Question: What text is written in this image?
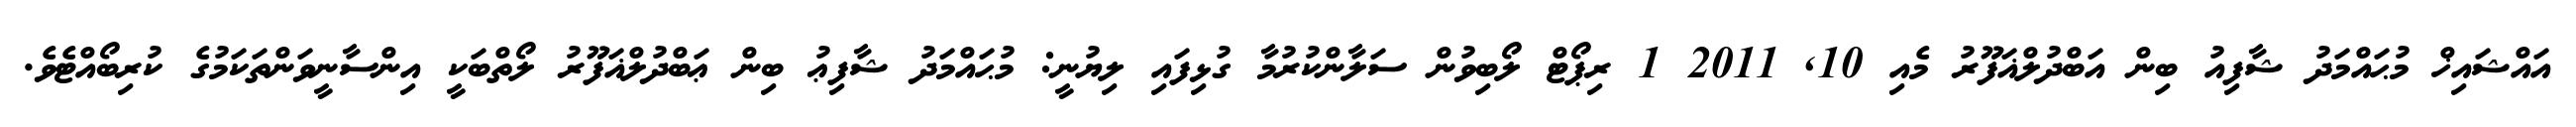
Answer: އައްޝައިޚް މުޙައްމަދު ޝާފިއު ބިން އަބްދުލްޣަފޫރު މެއި 10, 2011 1 ރިޕޯޓް ލޯބިވުން ސަލާންކުރުމާ ގުޅިފައި ލިޔުނީ: މުޙައްމަދު ޝާފިޢު ބިން ޢަބްދުލްޣަފޫރު ލޯތްބަކީ އިންސާނީވަންތަކަމުގެ ކުރިބޯއްޓެވެ.